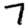
Digit: 7